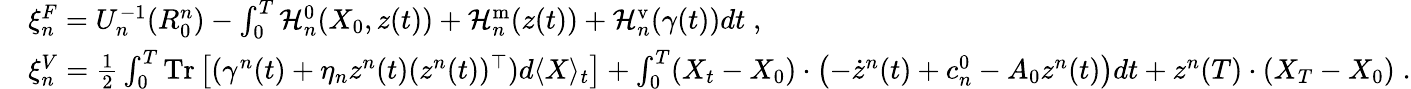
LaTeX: \begin{array}{rl}&{\xi_{n}^{F}=U_{n}^{-1}(R_{0}^{n})-\int_{0}^{T}\mathcal{H}_{n}^{0}(X_{0},z(t))+\mathcal{H}_{n}^{\mathrm{m}}(z(t))+\mathcal{H}_{n}^{\mathrm{v}}(\gamma(t))dt\; ,}\\ &{\xi_{n}^{V}=\frac 12\int_{0}^{T}\mathrm{Tr}\left[(\gamma^{n}(t)+\eta_{n}z^{n}(t)(z^{n}(t))^{\top})d\langle X\rangle_{t}\right]+\int_{0}^{T}(X_{t}-X_{0})\cdot\left(-\dot{z}^{n}(t)+c_{n}^{0}-A_{0}z^{n}(t)\right)dt+z^{n}(T)\cdot\left(X_{T}-X_{0}\right)\; .}\end{array}